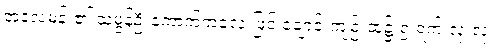
အဒူလမန်း၏ သမွန်ဦးကောက်ကလေးဖြင့် ချောင်းကျဉ်းထဲ၌ ၅ ရက် လုံးလုံး